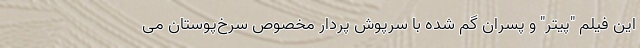
این فیلم "پیتر" و پسران گم شده با سرپوش پردار مخصوص سرخ‌پوستان می